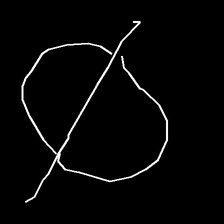
Glyph: orb